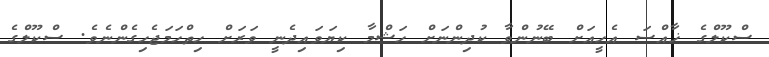
ސްކޫލްގެ ޚާއްސަ އެހީއަށް ބޭނުންވާ ކުދިންނަށް ހަޝްމާ ކިޔަވައިދެނީ ވަރަށް ހިތްހަމަޖެހިގެންނެވެ. ސްކޫލްގެ